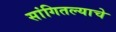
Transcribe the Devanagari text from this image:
सांगितल्याचे